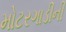
મોટરગાડીની